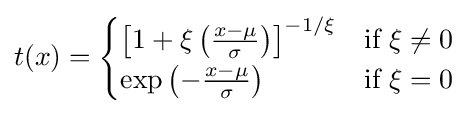
t(x)={\begin{cases}\left[1+\xi \left({\tfrac {x-\mu }{\sigma }}\right)\right]^{-1/\xi }&{\text{if }}\xi \neq 0\\\exp \left(-{\tfrac {x-\mu }{\sigma }}\right)&{\text{if }}\xi =0\end{cases}}